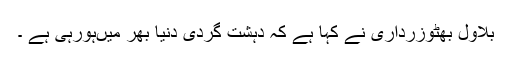
بلاول بھٹوزرداری نے کہا ہے کہ دہشت گردی دنیا بھر میںہورہی ہے ۔